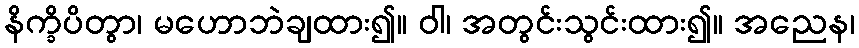
နိက္ခိပိတွာ၊ မဟောဘဲချထား၍။ ဝါ၊ အတွင်းသွင်းထား၍။ အညေန၊